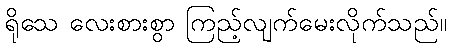
ရိုသေ လေးစားစွာ ကြည့်လျက်မေးလိုက်သည်။